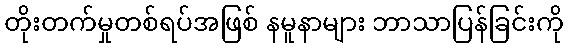
တိုးတက်မှုတစ်ရပ်အဖြစ် နမူနာများ ဘာသာပြန်ခြင်းကို